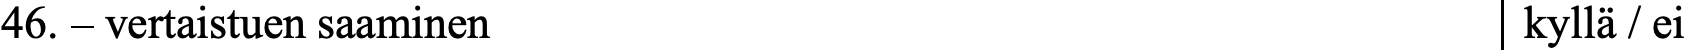
46. – vertaistuen saaminen                        kyllä / ei